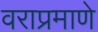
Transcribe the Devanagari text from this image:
वराप्रमाणे